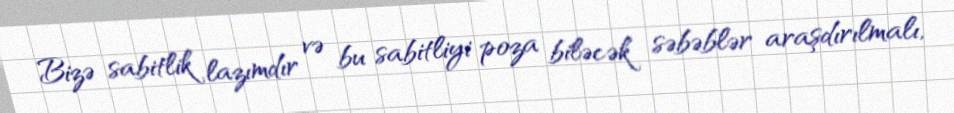
Bizə sabitlik lazımdır və bu sabitliyi poza biləcək səbəblər araşdırılmalı,